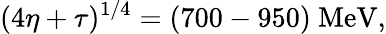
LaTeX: (4\eta+\tau)^{1/4}=(700-950)\mathrm{~MeV},